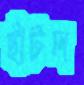
ছাঁটল